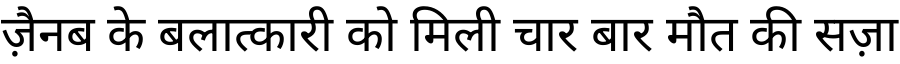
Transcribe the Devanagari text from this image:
ज़ैनब के बलात्कारी को मिली चार बार मौत की सज़ा